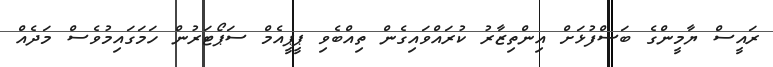
ރައީސް ޔާމީންގެ ބަސްފުޅަށް އިންތިޒާރު ކުރައްވައިގެން ތިއްބެވި ޕީޕީއެމް ސަޕޯޓަރުން ހަމަގައިމުވެސް މަދެއް